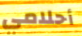
أحلامي